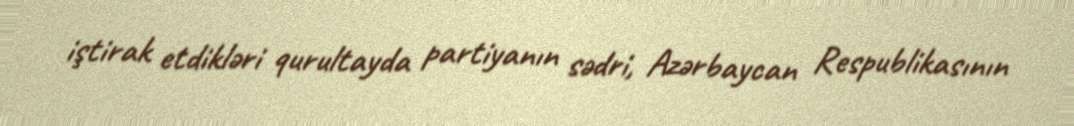
iştirak etdikləri qurultayda partiyanın sədri, Azərbaycan Respublikasının